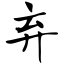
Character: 弃